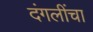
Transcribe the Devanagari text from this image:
दंगलींचा